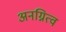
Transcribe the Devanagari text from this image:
अनग्नित्व